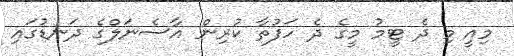
މިއީ މި ދެ ޓީމު މީގެ ދެ ހަފުތާ ކުރިން އާސެނަލްގެ ދަނޑުގައި